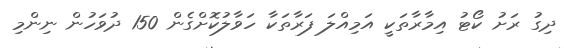
ދިގު ރަށު ކޯޓު އިމާރާތަކީ އަމިއްލަ ފަރާތަކާ ހަވާލުކޮށްގެން 150 ދުވަހުން ނިންމި